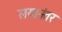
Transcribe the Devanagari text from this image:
लयानंतर